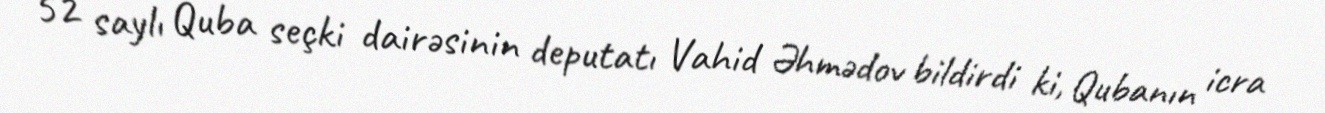
52 saylı Quba seçki dairəsinin deputatı Vahid Əhmədov bildirdi ki, Qubanın icra